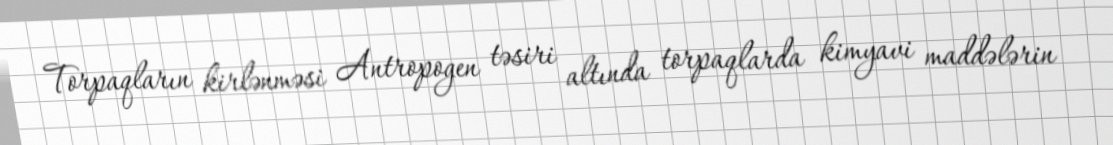
Torpaqların kirlənməsi Antropogen təsiri altında torpaqlarda kimyavi maddələrin